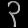
Digit: ၃